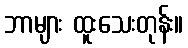
ဘာများ ထူးသေးတုန်း။